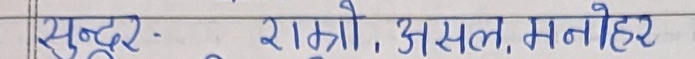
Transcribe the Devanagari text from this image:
सुन्दर - राम्रो, असल, मनोहर